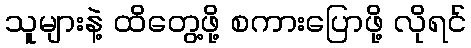
သူများနဲ့ ထိတွေ့ဖို့ စကားပြောဖို့ လိုရင်